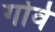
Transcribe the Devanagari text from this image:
गोर्व